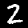
Label: 2